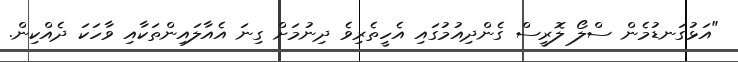
"އަޅުގަނޑުމެން ސްލޯ ލޮރީސް ގެންދިއުމުގައި އެހީތެރިވެ ދިނުމަށް ގިނަ އެއާލައިންތަކާއި ވާހަކަ ދެއްކިން.